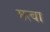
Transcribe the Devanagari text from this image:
मत्वा